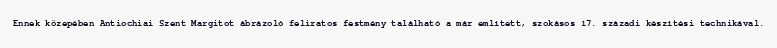
Ennek közepében Antiochiai Szent Margitot ábrázoló feliratos festmény található a már említett, szokásos 17. századi készítési technikával.